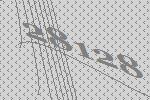
28128